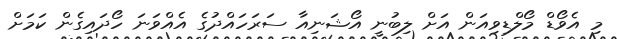
މި އެވޯޑް މޯލްޑިވިއަން އަށް ލިބުނީ އޯޝަނިއާ ސަރަހައްދުގެ އެއްވަނަ ހޯދައިގެން ކަމަށް